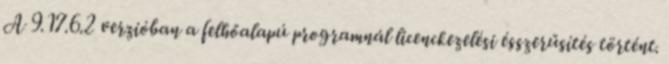
A 9.17.6.2 verzióban a felhőalapú programnál licenckezelési ésszerűsítés történt.